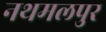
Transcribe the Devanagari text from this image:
नथमलपुर